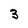
Character: 3